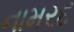
નામરદ